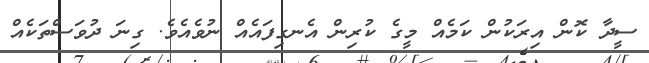
ސީދާ ކޮން އިރަކުން ކަމެއް މީގެ ކުރިން އެނގިފައެއް ނުވެއެވެ. ގިނަ ދުވަސްތަކެއް